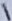
Text: 1